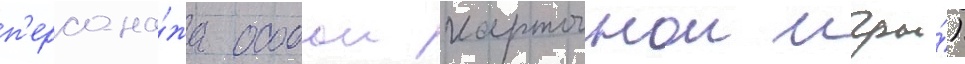
п'ерсона́жа особои карточнои игры́)